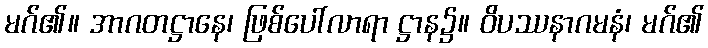
မဂ်၏။ အာဂတဋ္ဌာနေ၊ ဖြစ်ပေါ်လာရာ ဋ္ဌာန၌။ ဝိပဿနာဂမနံ၊ မဂ်၏